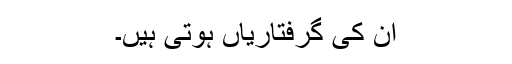
ان کی گرفتاریاں ہوتی ہیں۔